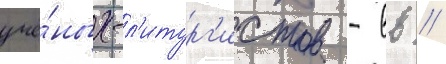
учё́ных-л'итург'истов - вв //